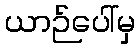
ယာဉ်ပေါ်မှ